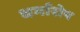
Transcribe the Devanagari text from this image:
धर्मारोप